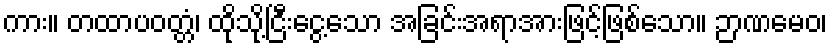
ကား။ တထာပဝတ္တံ၊ ထိုသို့ငြီးငွေ့သော အခြင်းအရာအားဖြင့်ဖြစ်သော။ ဉာဏမေဝ၊